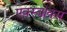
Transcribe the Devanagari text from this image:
एक्स्बोक्स